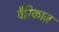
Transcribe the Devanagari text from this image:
वैरिकाज़